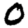
Digit: 0